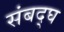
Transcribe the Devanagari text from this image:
संबद्घ